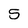
Character: 5